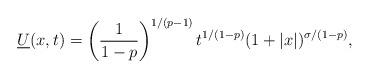
LaTeX: \begin{align*}\underline{U}(x,t)=\left(\frac{1}{1-p}\right)^{1/(p-1)}t^{1/(1-p)}(1+|x|)^{\sigma/(1-p)},\end{align*}